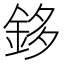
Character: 鉹